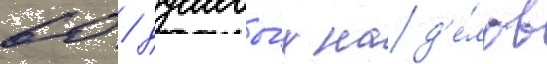
60 / душевы́х над'е́лов